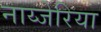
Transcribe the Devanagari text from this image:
नाय्जेरिया